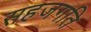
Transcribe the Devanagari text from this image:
सहजगति